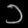
Digit: ၁